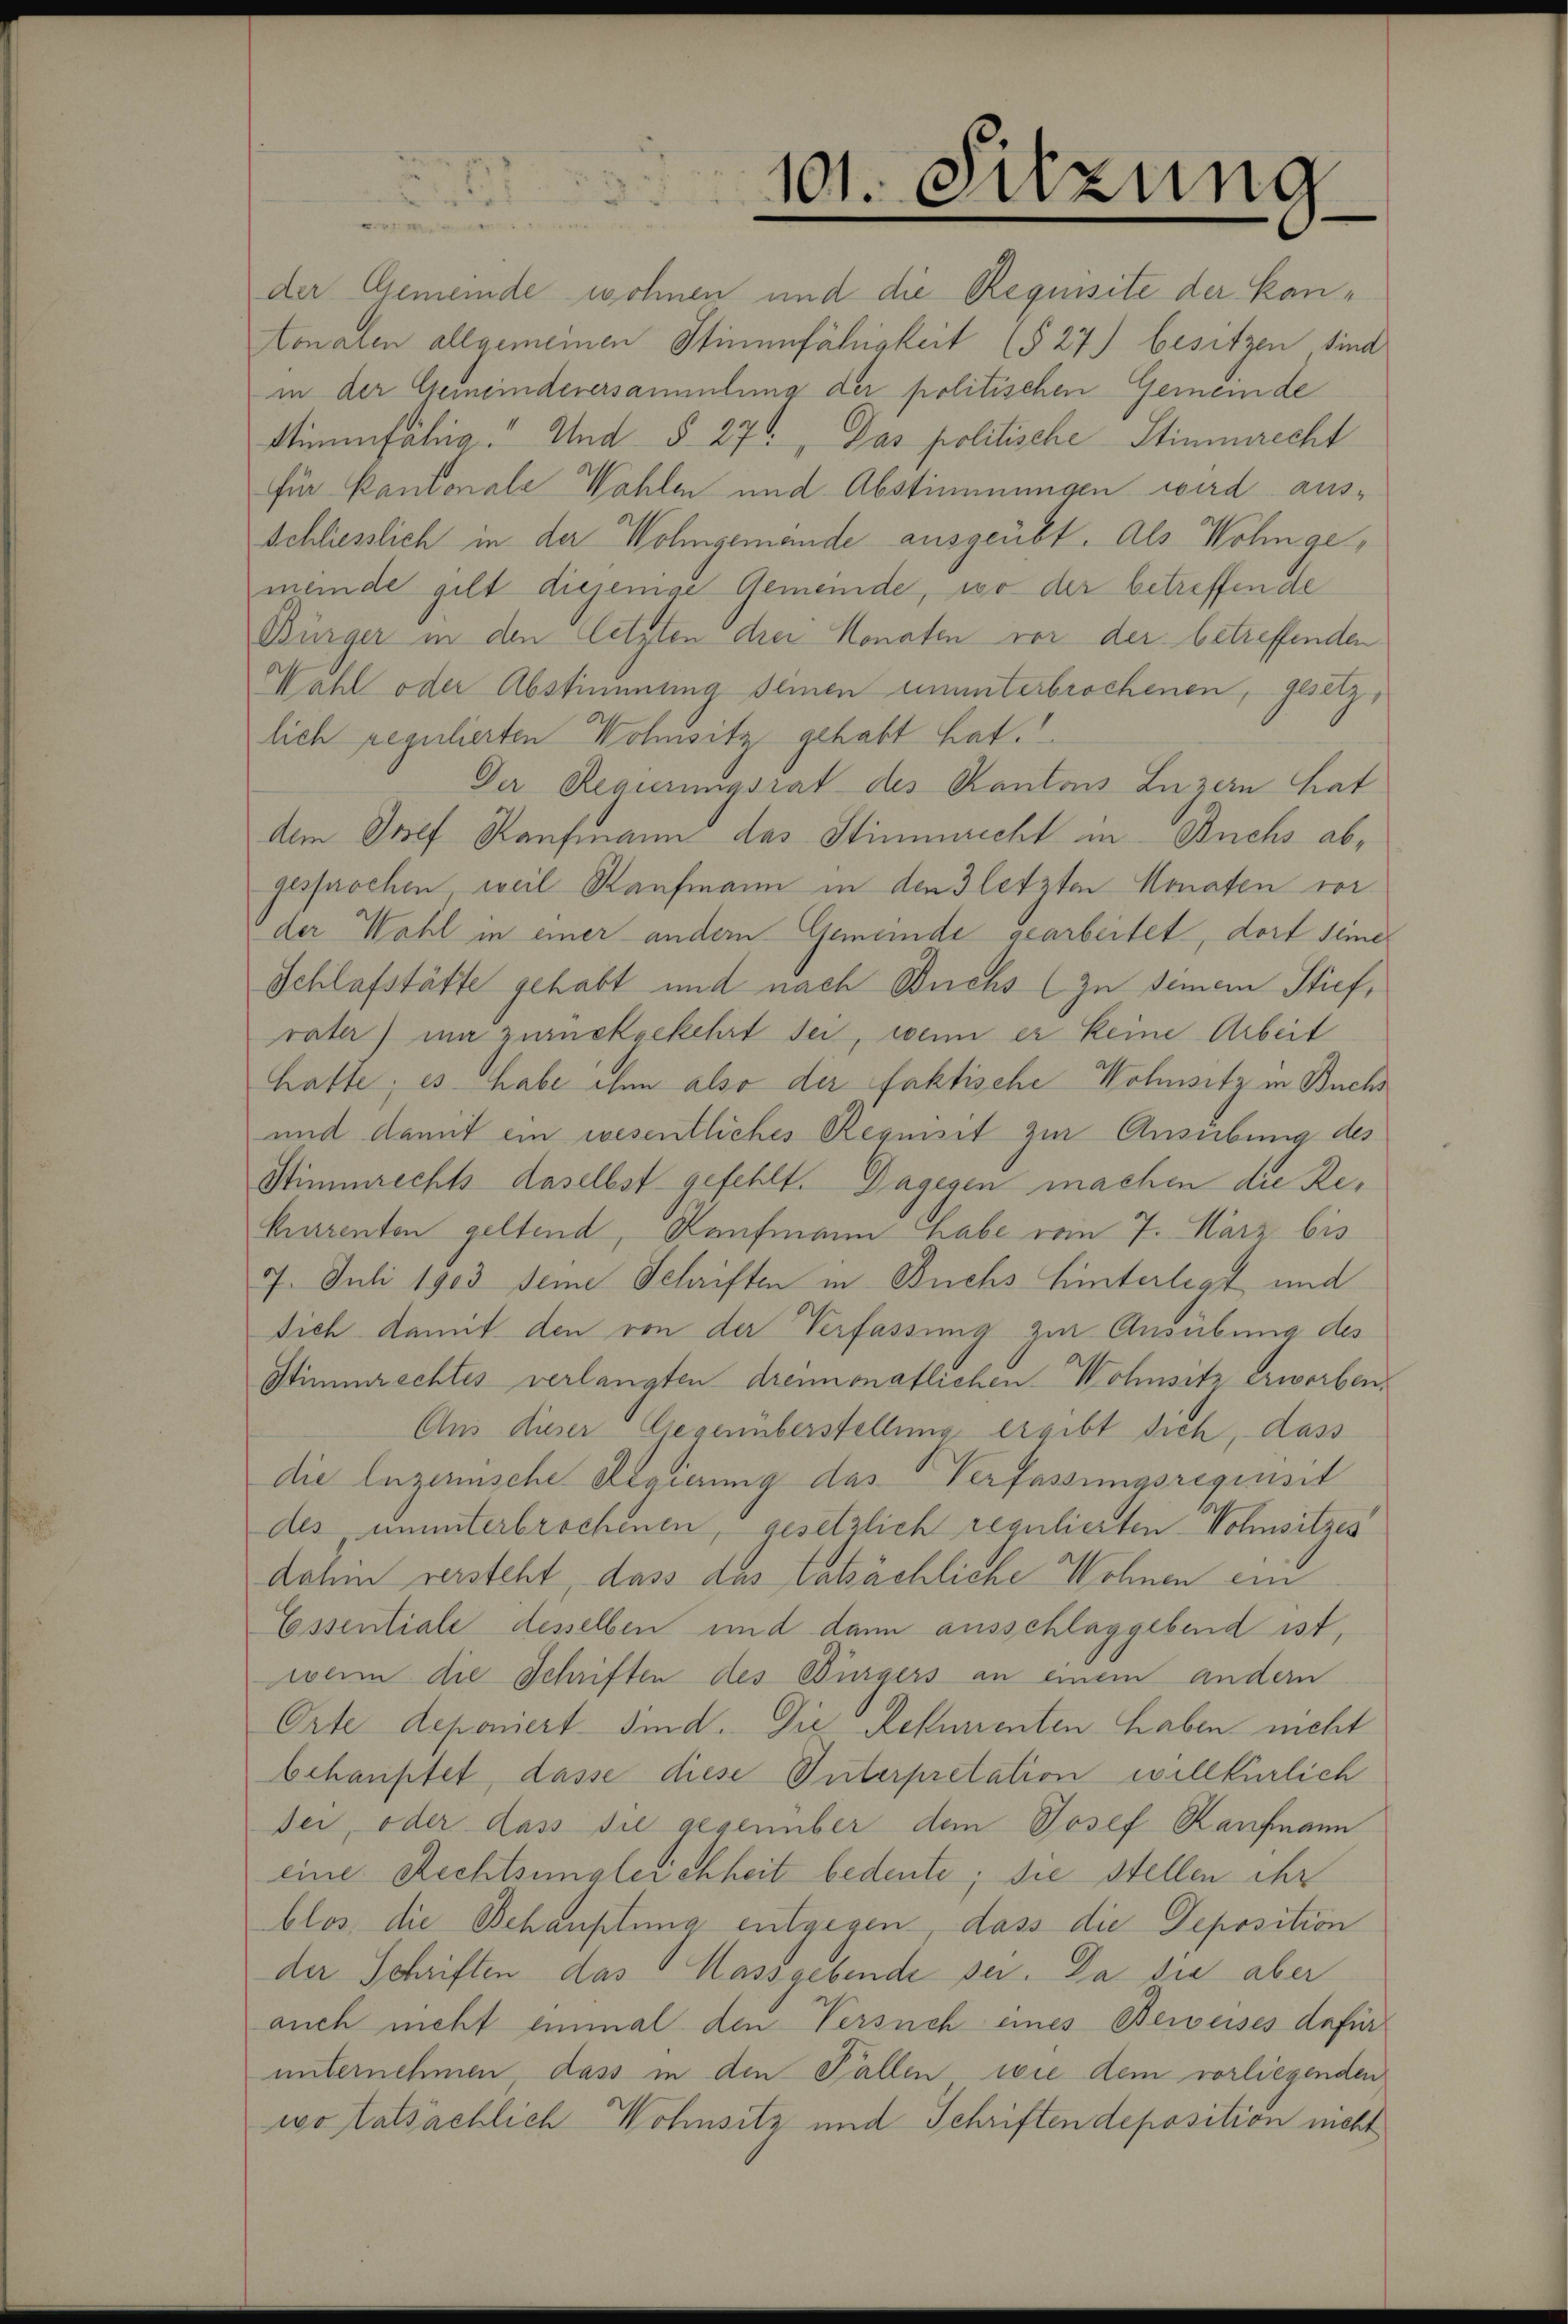
der Gemeinde wohnen und die Requisite der Kan¬
Aonalen allgemeinen Stimmfähigkeit (§ 27) besitzen sind
in der Gemeindeversammlung der politischen Gemeinde
Stimmfähig. Und §. 27. Das politische Stimmrecht
für Kantonale Wahlen und Abstimmungen wird ausschliesslich in der Wohngemande ausgeübt. Als Wohngemeinde gilt diejenige Gemeinde, wo der betreffende
Bürger in den letzten drei Monaten vor der betreffenden
Wahl oder Abstimmung seinen ununterbrochenen, gesetz-
lich regulierten Wohnsitz gehabt hat.
Der Regierungsrat des Kantons Luzern hat
dem Josef Kaufmann das Stimmrecht in Buchs abgesprochen, weil Kaufmann in den letzten Monaten vor
der Wahl in einer andern Gemeinde gearbeitet, dort seine
Schlafstätte gehabt und nach Buchs zu seinem Stiefvater) um zurückgekehrt sei, wenn er keine Arbeit
hatte; es habe ihn also der faktische Wohnsitz in Buchs
und damit ein wesentliches Requisit zur Ausübung des
Stimmrechts daselbst gefehlt. Dagegen machen die Re¬
Karenten geltend, Kaufmann habe vom 7. März bis
7. Juli 1903 seine Schriften in Buchs hinterlegt und
sich damit den von der Verfassung zur Ausübung des
Stimmrechtes verlangten dreimonatlichen Wohnsitz erworben.
Aus dieser Gegenüberstellung ergibt sich, dass
die Enzerische Regierung das Verfassungsregimsit
des ununterbrochenen, gesetzlich regulierten Wohnsitzes
dahin versteht, dass das tatsächliche Wohnen ein
Essentiale desselben und dann ausschlaggebend ist,
wenn die Schriften des Bürgers an einem andern
Orte deponiert sind. Die Rekurrenten haben nicht
behauptet, dasse diese Unterpretation willkürlich
dei, oder dass sie gegenüber dem Josef Kaufmann
eine Rechtsungleichheit bedeute; die stellen ihr
blos die Behauptung entgegen, dass die Deposition
der Schriften das Hassgebende sei. Da die aber
auch nicht einmal den Versuch eines Beweises dafür
unternehmen, dass in den Fallen wie dem vorliegenden
wo tatsächlich Wohnsitz und Schriften deposition nicht

101. Sitzung